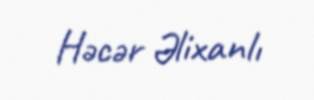
Həcər Əlixanlı